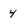
Character: 4